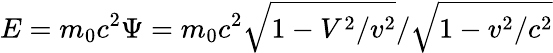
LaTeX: E=m_{0}c^{2}\Psi=m_{0}c^{2}\sqrt{1-V^{2}/v^{2}}/\sqrt{1-v^{2}/c^{2}}